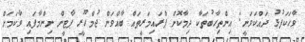
ވާހަކަފުޅު ދައްކަވަނީ: އިންތިހާބުތަކާ ދިމާކޮށް ޕްރައިމަރީތައް ބާއްވަން ޖުމްހޫރީ ޕާޓީން ނިންްމާފައި ވާކަމަށް